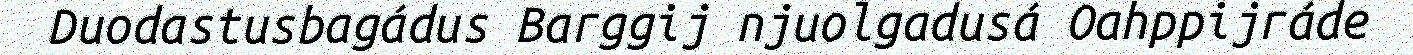
Duodastusbagádus Barggij njuolgadusá Oahppijráde